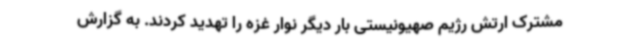
مشترک ارتش رژیم صهیونیستی بار دیگر نوار غزه را تهدید کردند. به گزارش